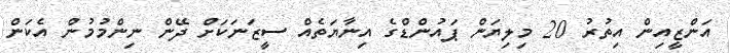
އަންޒީއިން އިތުރު 20 މިލިޔަން ޕައުންޑްގެ އިނާޔަތެއް ސީޒަނަކަށް ދޭން ނިންމުމުން އެކަން